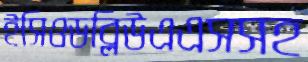
ইসিওডব্লিউএএসসহ